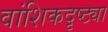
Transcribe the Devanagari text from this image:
वांशिकदृष्ट्या